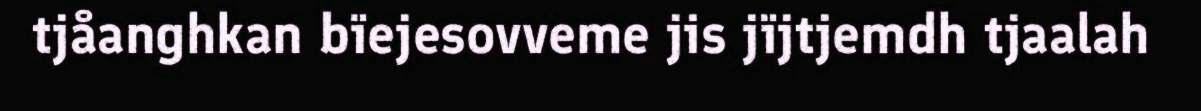
tjåanghkan bïejesovveme jis jïjtjemdh tjaalah